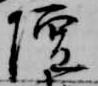
壇